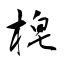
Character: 梍